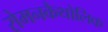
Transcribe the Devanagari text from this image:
रोमनकैथोलिक